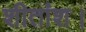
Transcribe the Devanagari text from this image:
शीतांश।